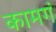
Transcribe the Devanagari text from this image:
कामगं